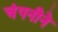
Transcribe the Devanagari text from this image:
चंपनीने